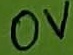
Text: 0V